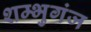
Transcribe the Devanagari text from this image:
शम्भुगंज